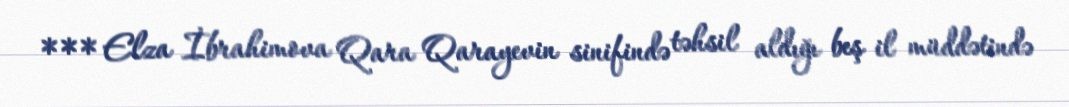
*** Elza İbrahimova Qara Qarayevin sinifində təhsil aldığı beş il müddətində